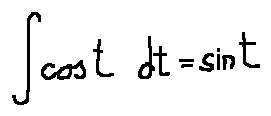
\int \cos t d t = \sin t